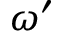
\omega ^ { \prime }